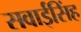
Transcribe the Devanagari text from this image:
सवाईसिंह